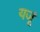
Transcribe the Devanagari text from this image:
यजूं